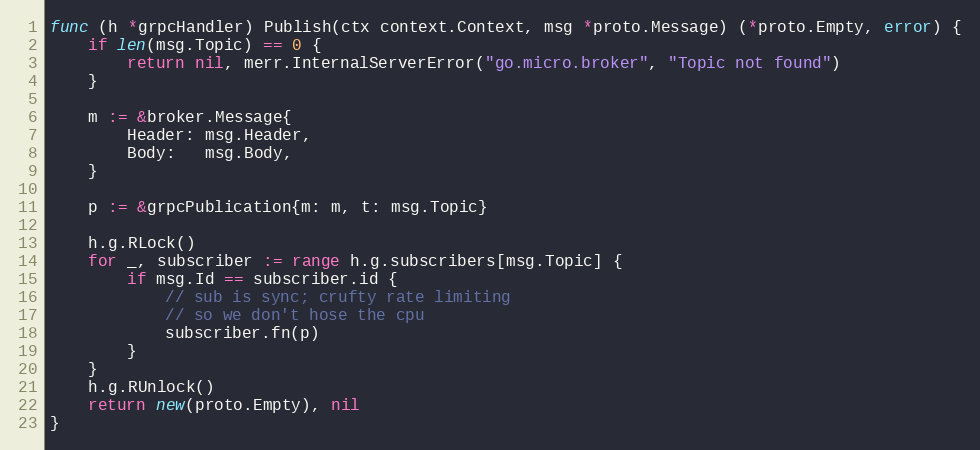
Language: Go
func (h *grpcHandler) Publish(ctx context.Context, msg *proto.Message) (*proto.Empty, error) {
	if len(msg.Topic) == 0 {
		return nil, merr.InternalServerError("go.micro.broker", "Topic not found")
	}

	m := &broker.Message{
		Header: msg.Header,
		Body:   msg.Body,
	}

	p := &grpcPublication{m: m, t: msg.Topic}

	h.g.RLock()
	for _, subscriber := range h.g.subscribers[msg.Topic] {
		if msg.Id == subscriber.id {
			// sub is sync; crufty rate limiting
			// so we don't hose the cpu
			subscriber.fn(p)
		}
	}
	h.g.RUnlock()
	return new(proto.Empty), nil
}